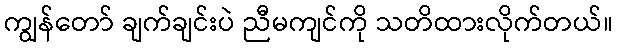
ကျွန်တော် ချက်ချင်းပဲ ညီမကျင်ကို သတိထားလိုက်တယ်။